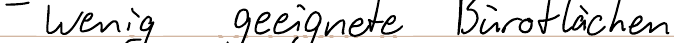
- wenig geeignete Büroflächen